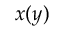
x ( y )